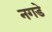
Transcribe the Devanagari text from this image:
नगडे